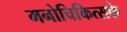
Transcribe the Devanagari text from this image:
मनोचिकित्सके